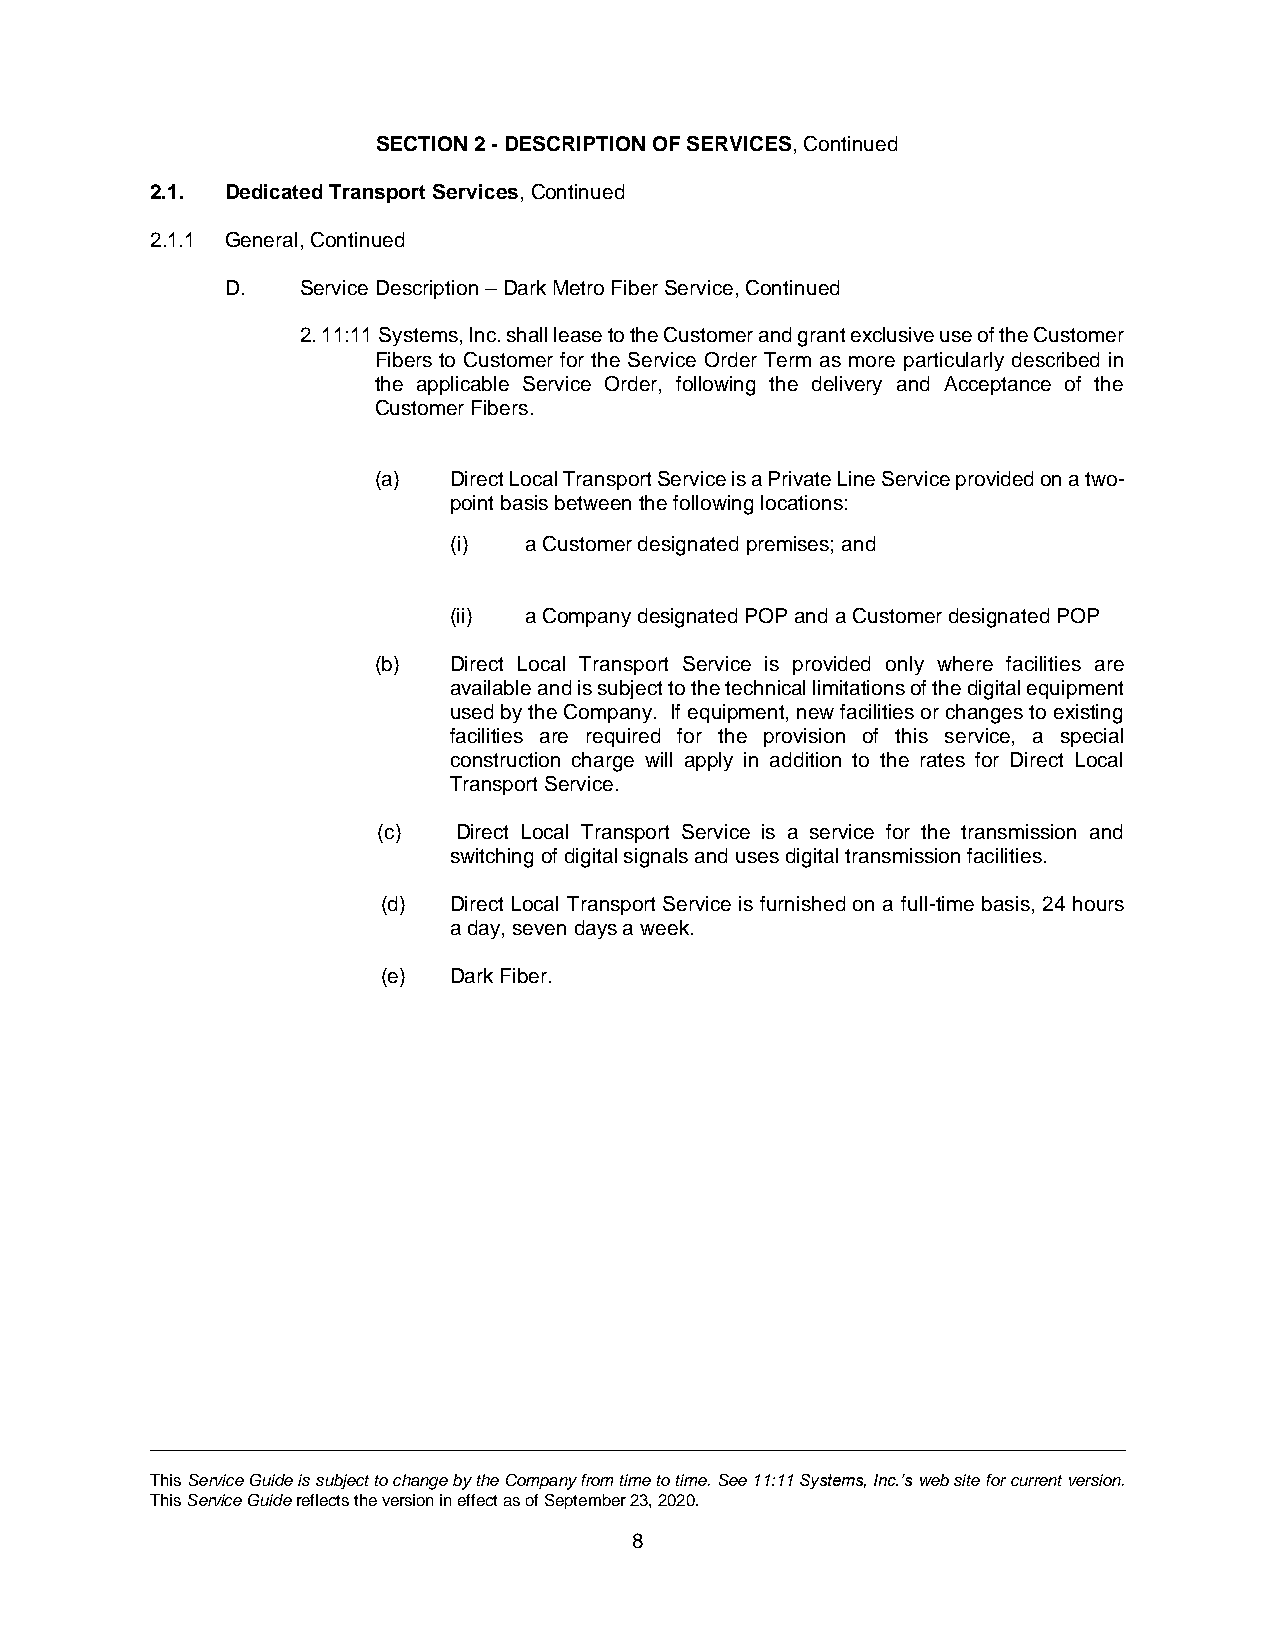
SECTION 2 - DESCRIPTION OF SERVICES, Continued
 2.1. Dedicated Transport Services, Continued
 2.1.1 General, Continued
 D.   Service Description – Dark Metro Fiber Service, Continued
 2. 11:11 Systems, Inc. shall lease to the Customer and grant exclusive use of the Customer
 Fibers to Customer for the Service Order Term as more particularly described in
 the applicable Service Order, following the delivery and Acceptance of the
 Customer Fibers.
 (a)  Direct Local Transport Service is a Private Line Service provided on a two-
 point basis between the following locations:
 (i)  a Customer designated premises; and
 (ii) a Company designated POP and a Customer designated POP
 (b)  Direct Local Transport Service is provided only where facilities are
 available and is subject to the technical limitations of the digital equipment
 used by the Company. If equipment, new facilities or changes to existing
 facilities are required for the provision of this service, a special
 construction charge will apply in addition to the rates for Direct Local
 Transport Service.
 (c)  Direct Local Transport Service is a service for the transmission and
 switching of digital signals and uses digital transmission facilities.
 (d)  Direct Local Transport Service is furnished on a full-time basis, 24 hours
 a day, seven days a week.
 (e)  Dark Fiber.
 This Service Guide is subject to change by the Company from time to time. See 11:11 Systems, Inc.’s web site for current version.
 This Service Guide reflects the version in effect as of September 23, 2020.
 8